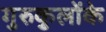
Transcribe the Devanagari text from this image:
गुरुकुलोंके